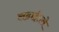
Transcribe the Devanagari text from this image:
लढाईतले